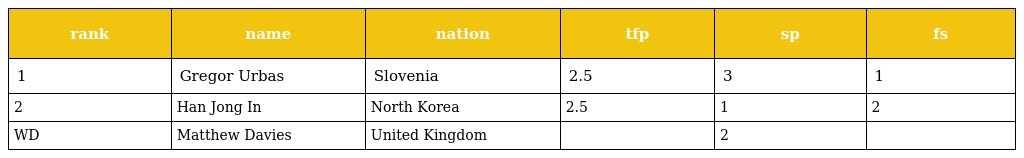
| rank | name | nation | tfp | sp | fs |
 | --- | --- | --- | --- | --- | --- |
 | 1 | Gregor Urbas | Slovenia | 2.5 | 3 | 1 |
 | 2 | Han Jong In | North Korea | 2.5 | 1 | 2 |
 | WD | Matthew Davies | United Kingdom |  | 2 |  |